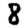
Digit: 8